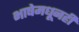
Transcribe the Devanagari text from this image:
भाषेमधूनही